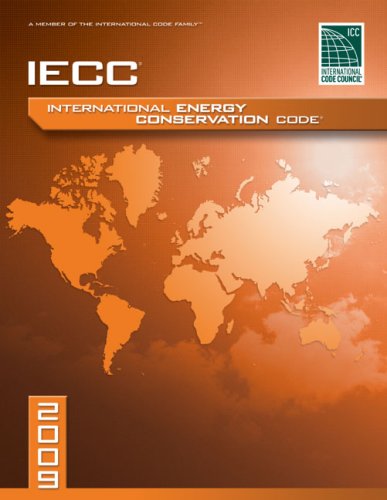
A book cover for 2009 International Energy Conservation Code: Softcover Version (International Code Council Series); International Code Council; Crafts, Hobbies & Home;